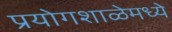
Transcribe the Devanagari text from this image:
प्रयोगशाळेमध्ये